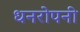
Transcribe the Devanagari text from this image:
धनरोपनी